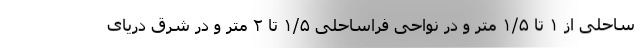
ساحلی از ۱ تا ۱/۵ متر و در نواحی فراساحلی ۱/۵ تا ۲ متر و در شرق دریای